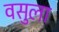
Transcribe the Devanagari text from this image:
वसुला